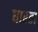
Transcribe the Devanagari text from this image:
धारता